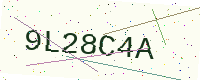
Text: 9L28C4A